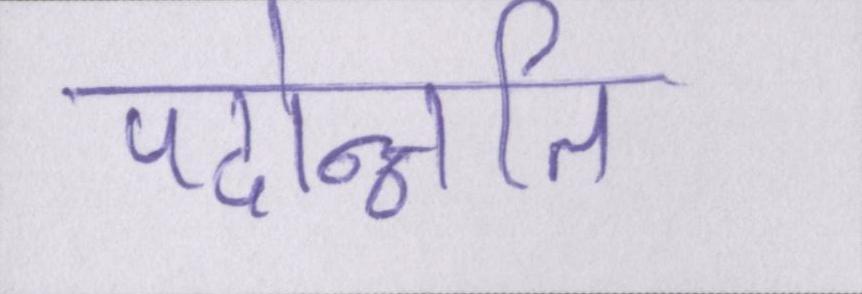
पदोन्नति